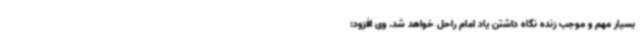
بسیار مهم و موجب زنده نگاه داشتن یاد امام راحل خواهد شد. وی افزود: